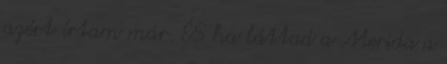
azért írtam már. ÉS ha láttad a Merida a